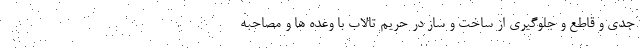
جدی و قاطع و جلوگیری از ساخت و ساز در حریم تالاب با وعده ها و مصاحبه